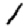
Digit: 1